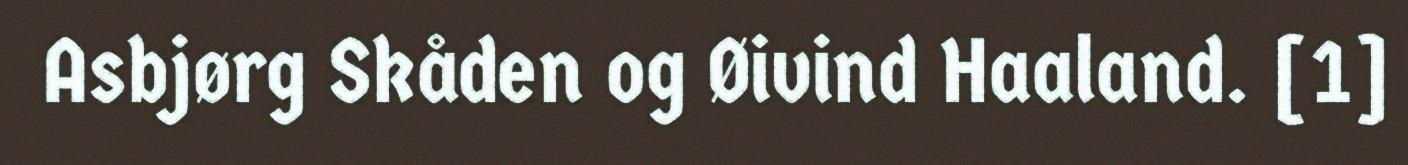
Asbjørg Skåden og Øivind Haaland. [1]